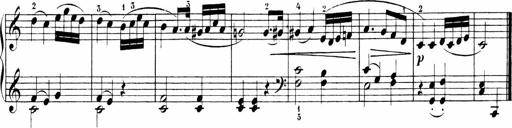
Title: 6 Sonatinas
Composer: Carl Reinecke